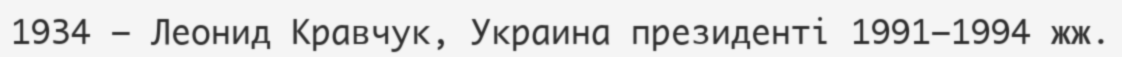
1934 — Леонид Кравчук, Украина президенті 1991—1994 жж.